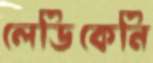
লেডিকেনি